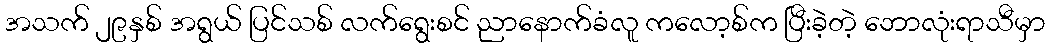
အသက် ၂၉နှစ် အရွယ် ပြင်သစ် လက်ရွေးစင် ညာနောက်ခံလူ ကလော့စ်က ပြီးခဲ့တဲ့ ဘောလုံးရာသီမှာ